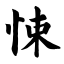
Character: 悚